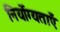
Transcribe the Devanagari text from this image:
निर्योग्यताएँ